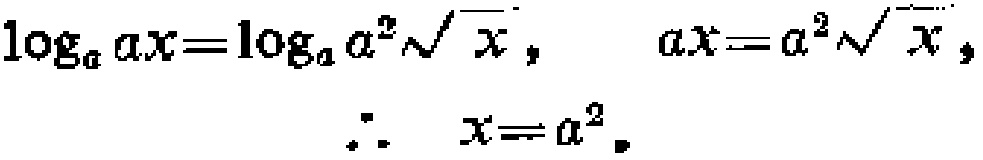
\(\log_{a}ax = \log_{a}a^{2}\sqrt{x},\quad ax = a^{2}\sqrt{x},\quad\therefore\quad x = a^{2}\)